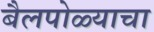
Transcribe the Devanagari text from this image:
बैलपोळ्याचा